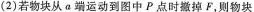
刚块从 a 端运动到图中 P 点时撤掉 F，则物块